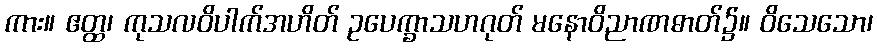
ကား။ ဧတ္ထ၊ ကုသလဝိပါက်အဟိတ် ဥပေက္ခာသဟဂုတ် မနောဝိညာဏဓာတ်၌။ ဝိသေသော၊